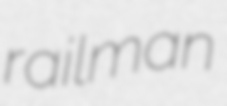
railman